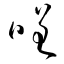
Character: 嗟